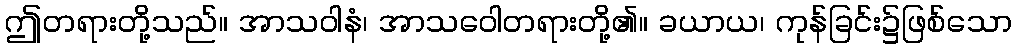
ဤတရားတို့သည်။ အာသဝါနံ၊ အာသဝေါတရားတို့၏။ ခယာယ၊ ကုန်ခြင်း၌ဖြစ်သော